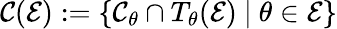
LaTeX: {\mathcal{C}}({\mathcal{E}}):=\{ {\mathcal{C}}_{\theta}\cap T_{\theta}({\mathcal{E}})~|~\theta\in{\mathcal{E}}\}